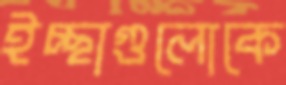
ইচ্ছাগুলোকে